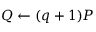
Q \leftarrow ( q + 1 ) P